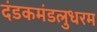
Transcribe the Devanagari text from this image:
दंडकमंडलुधरम